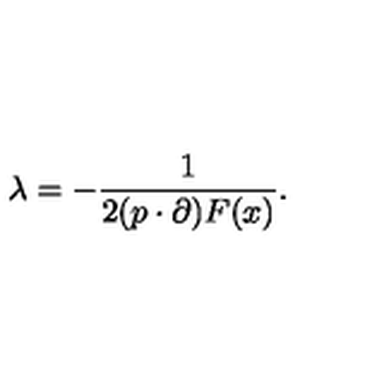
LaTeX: \lambda = - \frac { 1 } { 2 ( p \cdot \partial ) F ( x ) } .